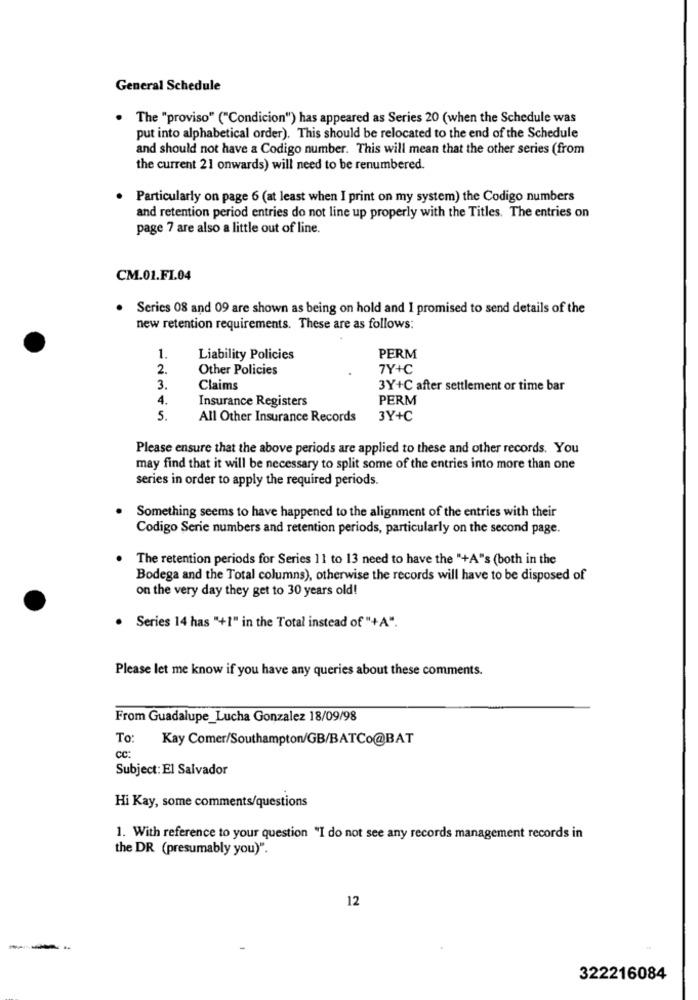
General Schedule
The "proviso" ("Condicion") has appeared as Series 20 (when the Schedule was
put into alphabetical order). This should be relocated to the end of the Schedule
and should not have a Codigo number. This will mean that the other series (from
the current 21 onwards) will need to be renumbered.
Particularly on page 6 (at least when I print on my system) the Codigo numbers
and retention period entries do not line up properly with the Titles. The entries on
page 7 are also a little out of line.
CM.01.F1.04
. Series 08 and 09 are shown as being on hold and I promised to send details of the
new retention requirements. These are as follows:
1.
Liability Policies
PERM
2.
Other Policies
7Y+C
3.
Claims
3Y+C after settlement or time bar
4.
Insurance Registers
PERM
5.
All Other Insurance Records
3Y+C
Please ensure that the above periods are applied to these and other records. You
may find that it will be necessary to split some of the entries into more than one
series in order to apply the required periods.
Something seems to have happened to the alignment of the entries with their
Codigo Serie numbers and retention periods, particularly on the second page.
The retention periods for Series 11 to 13 need to have the "+A"s (both in the
Bodega and the Total columns), otherwise the records will have to be disposed of
on the very day they get to 30 years old!
Series 14 has "+1" in the Total instead of "+A".
Please let me know if you have any queries about these comments.
From Guadalupe_Lucha Gonzalez 18/09/98
To: Kay Comer/Southampton/GB/BATCo@BAT
CC:
Subject: El Salvador
Hi Kay, some comments/questions
1. With reference to your question "I do not see any records management records in
the DR (presumably you)".
12
---
322216084